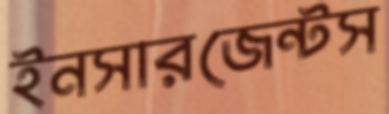
ইনসারজেন্টস